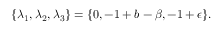
\{ \lambda _ { 1 } , \lambda _ { 2 } , \lambda _ { 3 } \} = \{ 0 , - 1 + b - \beta , - 1 + \epsilon \} .